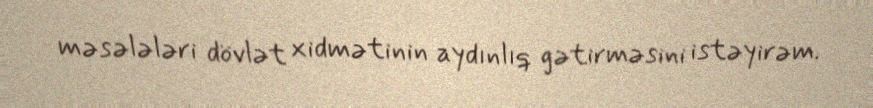
məsələləri dövlət xidmətinin aydınlıq gətirməsini istəyirəm.